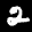
Label: 2